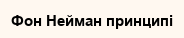
Фон Нейман принципі